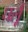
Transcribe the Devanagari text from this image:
घर्लू